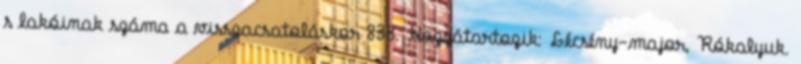
s lakóinak száma a visszacsatoláskor 833. Hozzátartozik: Lécsény-major, Rókalyuk.